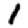
Digit: 1